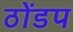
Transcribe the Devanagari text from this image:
ठोंडप